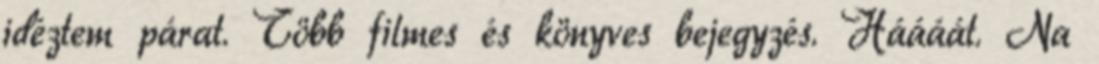
idéztem párat. Több filmes és könyves bejegyzés. Háááát. Na